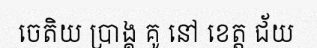
ចេតិយ ប្រាង្គ គូ នៅ ខេត្ត ជ័យ